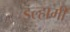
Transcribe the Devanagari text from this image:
इल्हामी